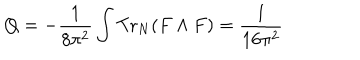
LaTeX: Q = - \frac { 1 } { 8 \pi ^ { 2 } } \int \mathrm { T r } _ { N } ( F \wedge F ) = \frac { 1 } { 1 6 \pi ^ { 2 } }